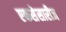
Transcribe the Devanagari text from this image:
एकसेसारीज